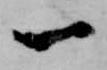
一